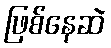
ဖြစ်နေဆဲ